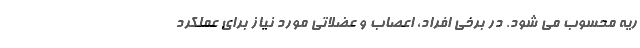
ریه محسوب می شود. در برخی افراد، اعصاب و عضلاتی مورد نیاز برای عملکرد